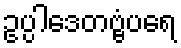
ဥပ္ပါဒေတဗ္ဗံပရေ